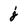
Character: j